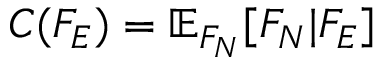
C ( F _ { E } ) = \mathbb { E } _ { F _ { N } } [ F _ { N } | F _ { E } ]